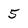
Character: 5